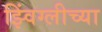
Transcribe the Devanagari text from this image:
झ्विंग्लीच्या